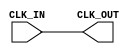
module ClockBuffer (
    input wire CLK_IN,  // Input clock signal
    output wire CLK_OUT  // Buffered clock output
);

// Buffering the clock signal
assign CLK_OUT = CLK_IN;

endmodule